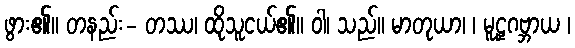
ဖွား၏။ တနည်း- တဿ၊ ထိုသူငယ်၏။ ဝါ၊ သည်။ မာတုယာ၊ ၊ မူဠှဂဗ္ဘာယ ၊